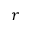
r